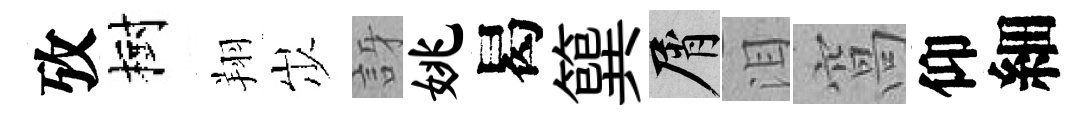
攷樹翔𡵯訝姚曷簨屑泪窩仰細